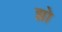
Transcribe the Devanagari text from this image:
झो